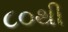
૮૦થી